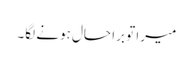
میرا تو برا حال ہونے لگا۔